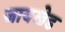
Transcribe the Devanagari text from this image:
जायखेड